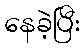
နေခဲ့ပြီး